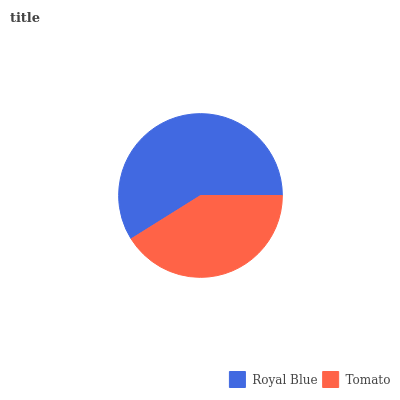
| Royal Blue | Tomato |
 | --- | --- |
 | 58.9% | 41.1% |